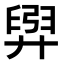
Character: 𫸟